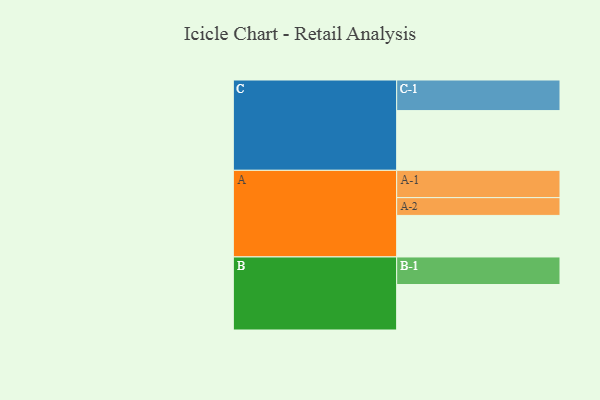
{"axis": {"x": "Segment", "y": "Value"}, "legend": ["", "A", "B", "C"], "data": [{"x": "A", "y": 327, "type": ""}, {"x": "B", "y": 358, "type": ""}, {"x": "C", "y": 470, "type": ""}, {"x": "A-1", "y": 215, "type": "A"}, {"x": "A-2", "y": 140, "type": "A"}, {"x": "B-1", "y": 217, "type": "B"}, {"x": "C-1", "y": 241, "type": "C"}]}